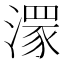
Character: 𣾞